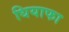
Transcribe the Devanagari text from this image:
धियाफा